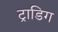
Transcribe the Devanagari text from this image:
ट्राडिग